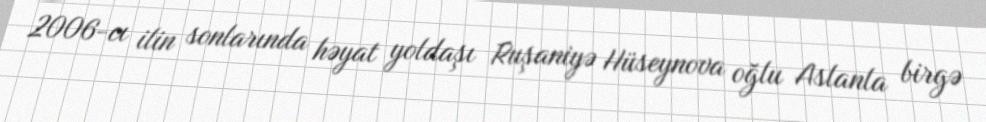
2006-cı ilin sonlarında həyat yoldaşı Ruşaniyə Hüseynova oğlu Aslanla birgə